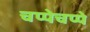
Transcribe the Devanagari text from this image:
चप्पेचप्पे